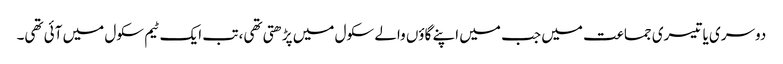
دوسری یا تیسری جماعت میں جب میں اپنے گاؤں والے سکول میں پڑھتی تھی، تب ایک ٹیم سکول میں آئی تھی۔